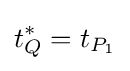
t_{Q}^{*}=t_{P_{1}}